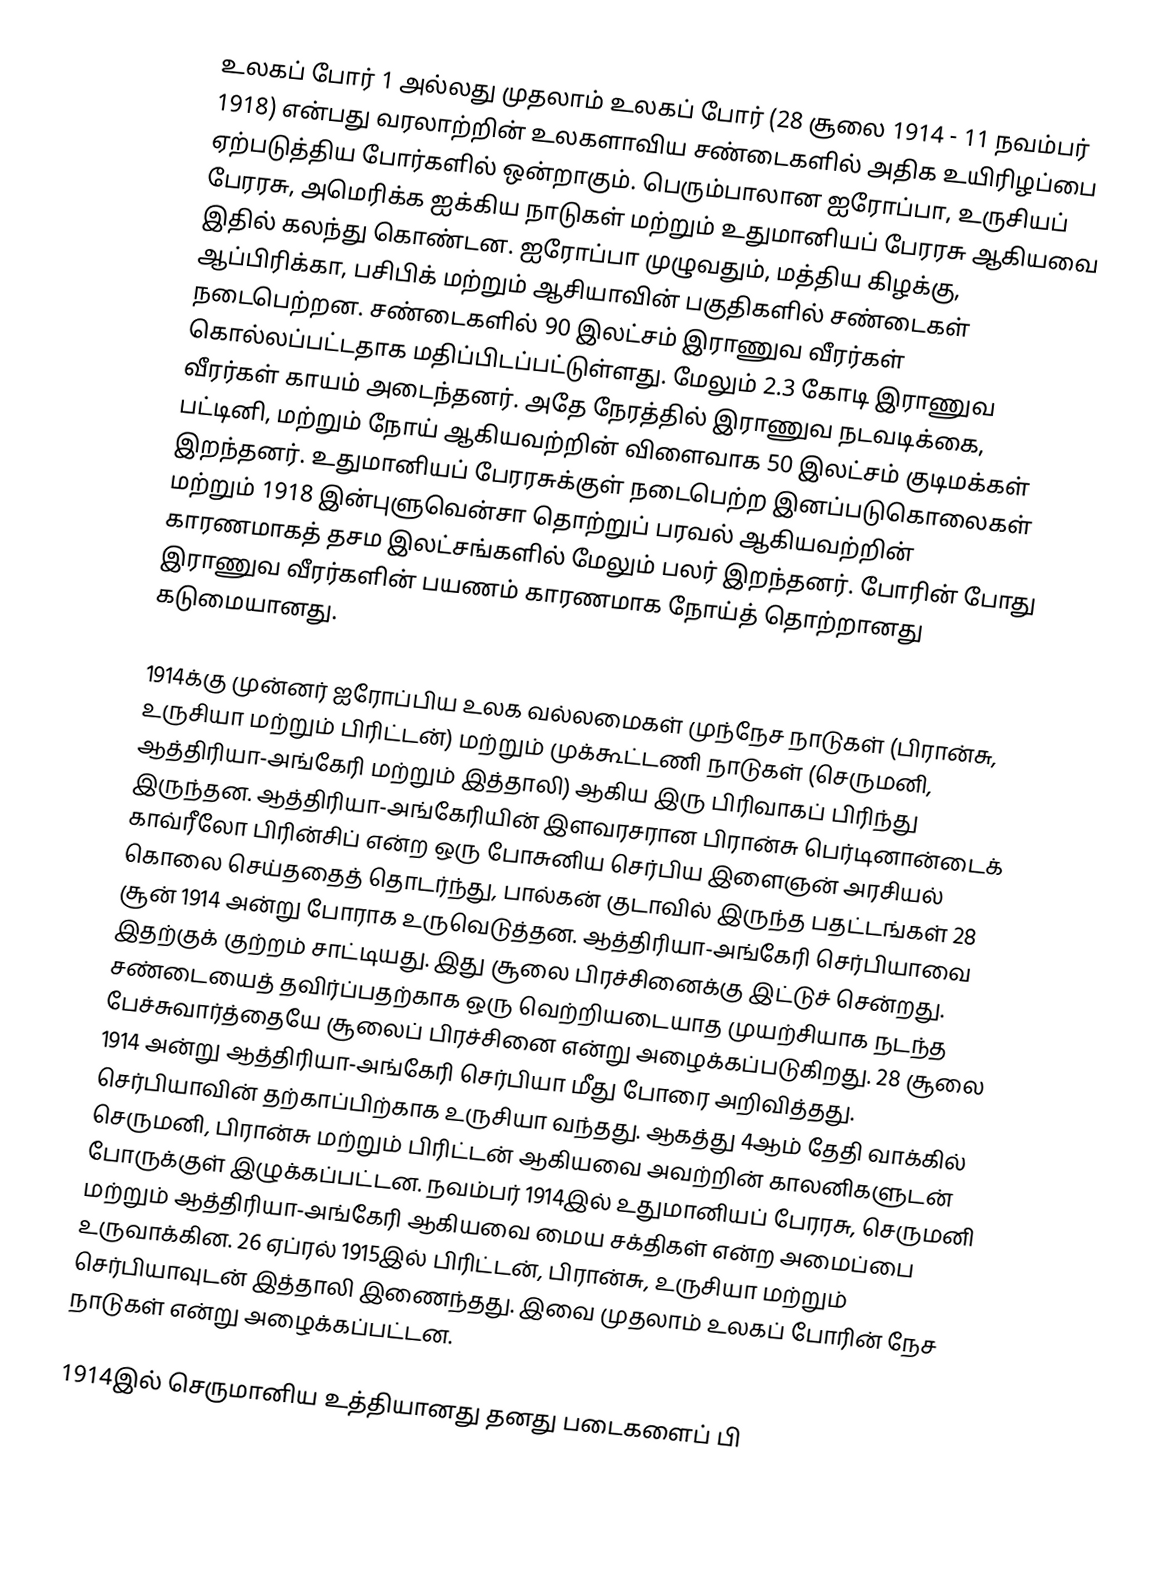
உலகப் போர் 1 அல்லது முதலாம் உலகப் போர் (28 சூலை 1914 - 11 நவம்பர் 1918) என்பது வரலாற்றின் உலகளாவிய சண்டைகளில் அதிக உயிரிழப்பை ஏற்படுத்திய போர்களில் ஒன்றாகும். பெரும்பாலான ஐரோப்பா, உருசியப் பேரரசு, அமெரிக்க ஐக்கிய நாடுகள் மற்றும் உதுமானியப் பேரரசு ஆகியவை இதில் கலந்து கொண்டன. ஐரோப்பா முழுவதும், மத்திய கிழக்கு, ஆப்பிரிக்கா, பசிபிக் மற்றும் ஆசியாவின் பகுதிகளில் சண்டைகள் நடைபெற்றன. சண்டைகளில் 90 இலட்சம் இராணுவ வீரர்கள் கொல்லப்பட்டதாக மதிப்பிடப்பட்டுள்ளது. மேலும் 2.3 கோடி இராணுவ வீரர்கள் காயம் அடைந்தனர். அதே நேரத்தில் இராணுவ நடவடிக்கை, பட்டினி, மற்றும் நோய் ஆகியவற்றின் விளைவாக 50 இலட்சம் குடிமக்கள் இறந்தனர். உதுமானியப் பேரரசுக்குள் நடைபெற்ற இனப்படுகொலைகள் மற்றும் 1918 இன்புளுவென்சா தொற்றுப் பரவல் ஆகியவற்றின் காரணமாகத் தசம இலட்சங்களில் மேலும் பலர் இறந்தனர். போரின் போது இராணுவ வீரர்களின் பயணம் காரணமாக நோய்த் தொற்றானது கடுமையானது.

1914க்கு முன்னர் ஐரோப்பிய உலக வல்லமைகள் முந்நேச நாடுகள் (பிரான்சு, உருசியா மற்றும் பிரிட்டன்) மற்றும் முக்கூட்டணி நாடுகள் (செருமனி, ஆத்திரியா-அங்கேரி மற்றும் இத்தாலி) ஆகிய இரு பிரிவாகப் பிரிந்து இருந்தன. ஆத்திரியா-அங்கேரியின் இளவரசரான பிரான்சு பெர்டினான்டைக் காவ்ரீலோ பிரின்சிப் என்ற ஒரு போசுனிய செர்பிய இளைஞன் அரசியல் கொலை செய்ததைத் தொடர்ந்து, பால்கன் குடாவில் இருந்த பதட்டங்கள் 28 சூன் 1914 அன்று போராக உருவெடுத்தன. ஆத்திரியா-அங்கேரி செர்பியாவை இதற்குக் குற்றம் சாட்டியது. இது சூலை பிரச்சினைக்கு இட்டுச் சென்றது. சண்டையைத் தவிர்ப்பதற்காக ஒரு வெற்றியடையாத முயற்சியாக நடந்த பேச்சுவார்த்தையே சூலைப் பிரச்சினை என்று அழைக்கப்படுகிறது. 28 சூலை 1914 அன்று ஆத்திரியா-அங்கேரி செர்பியா மீது போரை அறிவித்தது. செர்பியாவின் தற்காப்பிற்காக உருசியா வந்தது. ஆகத்து 4ஆம் தேதி வாக்கில் செருமனி, பிரான்சு மற்றும் பிரிட்டன் ஆகியவை அவற்றின் காலனிகளுடன் போருக்குள் இழுக்கப்பட்டன. நவம்பர் 1914இல் உதுமானியப் பேரரசு, செருமனி மற்றும் ஆத்திரியா-அங்கேரி ஆகியவை மைய சக்திகள் என்ற அமைப்பை உருவாக்கின. 26 ஏப்ரல் 1915இல் பிரிட்டன், பிரான்சு, உருசியா மற்றும் செர்பியாவுடன் இத்தாலி இணைந்தது. இவை முதலாம் உலகப் போரின் நேச நாடுகள் என்று அழைக்கப்பட்டன.

1914இல் செருமானிய உத்தியானது தனது படைகளைப் பி